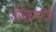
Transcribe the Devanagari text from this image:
अधिक्रमणांची